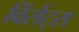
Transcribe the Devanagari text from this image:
विंसेंट्स